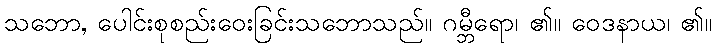
သဘော, ပေါင်းစုစည်းဝေးခြင်းသဘောသည်။ ဂမ္ဘီရော၊ ၏။ ဝေဒနာယ၊ ၏။